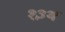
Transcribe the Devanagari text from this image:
१३थ